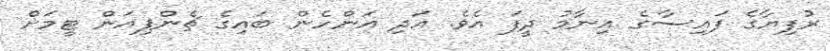
ރުފިޔާގެ ފައިސާގެ އިނާމު ދީފަ އެވެ. އަދި އަންހެން ބައިގެ ޗެންޕިއަން ޓީމަށް